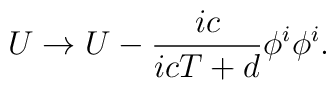
U\rightarrow U-{ic\over icT+d}{\phi^i\phi^i}.